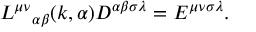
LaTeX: { L ^ { \mu \nu } } _ { \alpha \beta } ( k , \alpha ) D ^ { \alpha \beta \sigma \lambda } = E ^ { \mu \nu \sigma \lambda } .